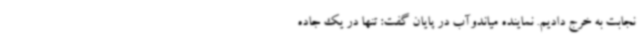
نجابت به خرج دادیم. نماینده میاندوآب در پایان گفت: تنها در یک جاده